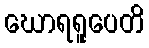
ဃောရရူပေတိ